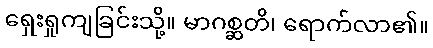
ရှေးရှုကျခြင်းသို့။ မာဂစ္ဆတိ၊ ရောက်လာ၏။